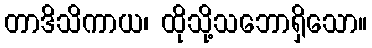
တာဒိသိကာယ၊ ထိုသို့သဘောရှိသော။